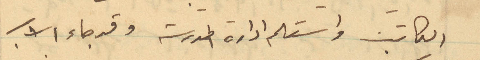
الكاتب واستلم إدارة مدرسة وقد جاء الاب